Physiological action of certain drugs in tablet form - Number 52A
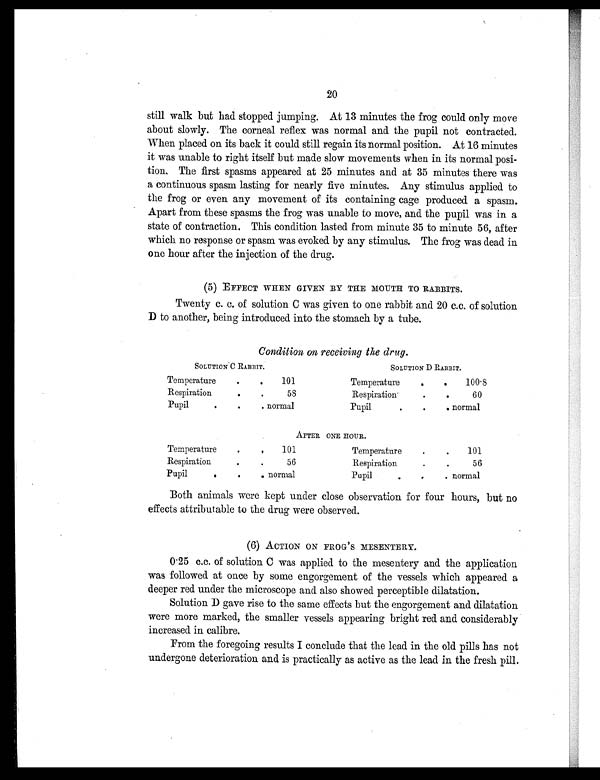
20
still walk but had stopped jumping. At 13 minutes the frog could only move
about slowly. The corneal reflex was normal and the pupil not contracted.
When placed on its back it could still regain its normal position. At 16 minutes
it was unable to right itself but made slow movements when in its normal posi-
tion. The first spasms appeared at 25 minutes and at 35 minutes there was
a continuous spasm lasting for nearly five minutes. Any stimulus applied to
the frog or even any movement of its containing cage produced a spasm.
Apart from these spasms the frog was unable to move, and the pupil was in a
state of contraction. This condition lasted from minute 35 to minute 56, after
which no response or spasm was evoked by any stimulus. The frog was dead in
one hour after the injection of the drug.
(5) EFFECT WHEN GIVEN BY THE MOUTH TO RABBITS.
Twenty c. c. of solution C was given to one rabbit and 20 c.c. of solution
D to another, being introduced into the stomach by a tube.
Condition on receiving the drug.
SOLUTION C RABBIT.
Temperature
.
.
101
Respiration
.
.
58
Pupil
.
. . normal
SOLUTION D RABBIT.
Temperature
.
.
100.8
Respiration
.
.
60
Pupil
.
.
. normal
AFTER ONE HOUR.
Temperature
.
.
101
Respiration
.
.
.
Pupil
.
.
. normal
Temperatur
.
.
101
Respiration
.
.
5 6
Pupil
. .
. normal
Both animals were kept under close observation for four hours, but no
effects attributable to the drug were observed.
(6) ACTION ON FROG ' S MESENTERY.
0.25 c.c. of solution C was applied to the mesentery and the application
was followed at once by some engorgement of the vessels which appeared a
deeper red under the microscope and also showed perceptible dilatation.
Solution D gave rise to the same effects but the engorgement and dilatation
were more marked, the smaller vessels appearing bright red and considerably
increased in calibre.
From the foregoing results I conclude that the lead in the old pills has not
undergone deterioration and is practically as active as the lead in the fresh pill.